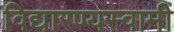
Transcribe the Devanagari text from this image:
विद्यारण्यस्वामी